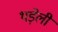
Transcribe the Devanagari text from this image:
थड़ेली